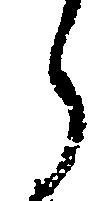
了